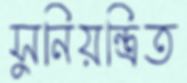
সুনিয়ন্ত্রিত